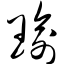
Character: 瑜